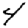
Digit: 4